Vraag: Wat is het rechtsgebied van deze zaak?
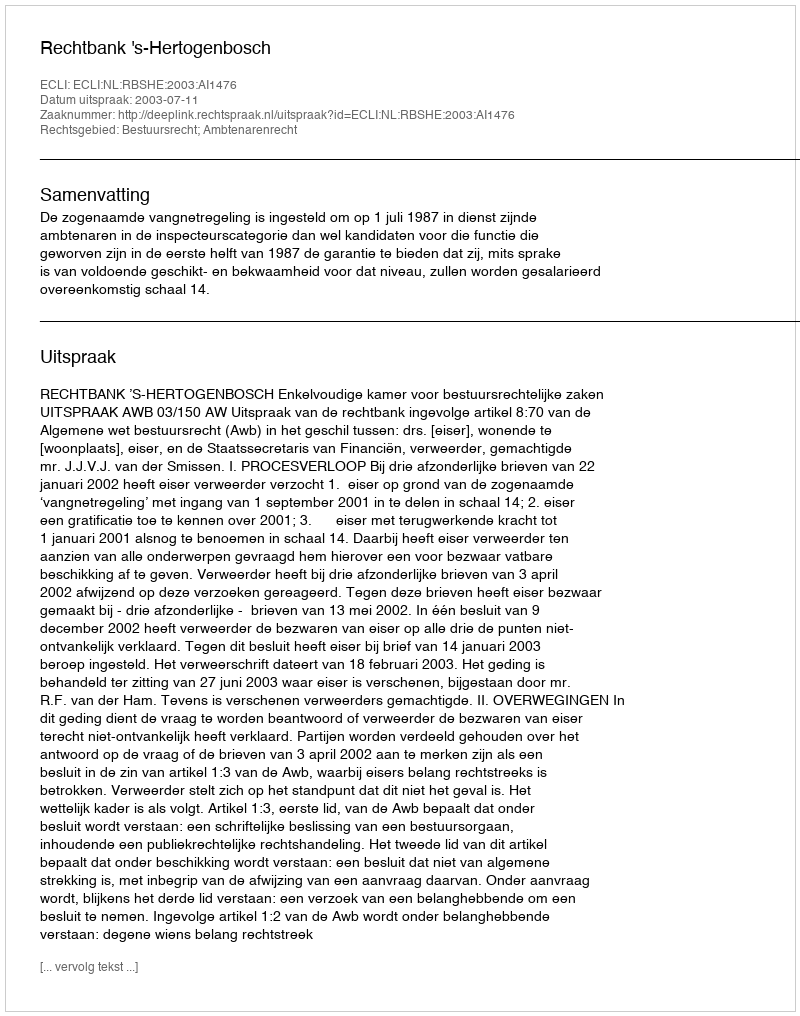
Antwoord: Bestuursrecht; Ambtenarenrecht